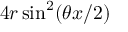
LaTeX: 4 r \sin ^ { 2 } ( \theta x / 2 )